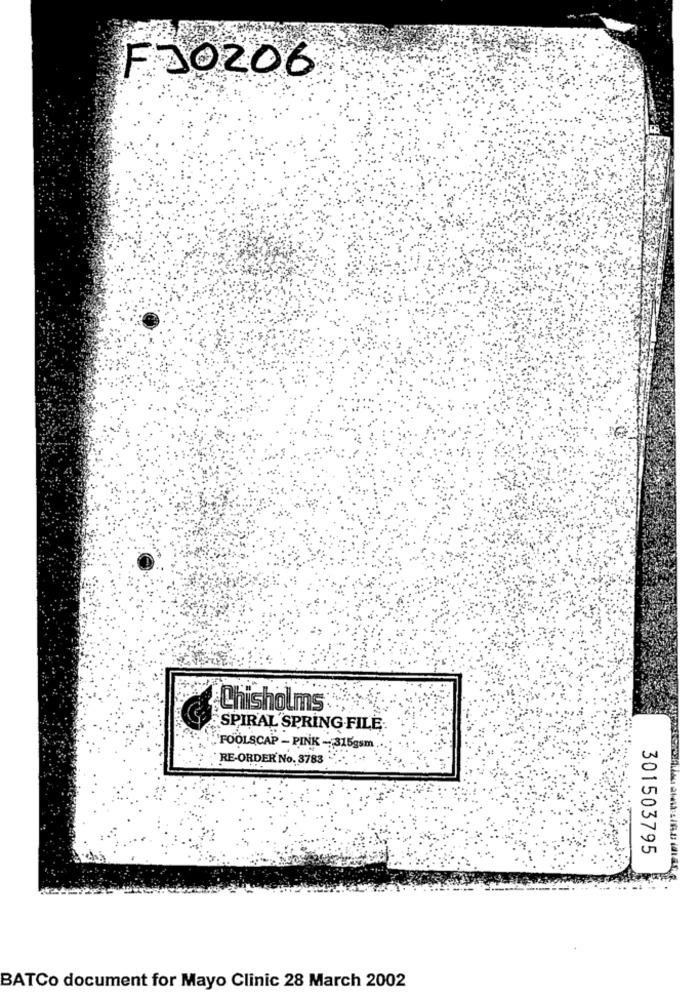
F30206
Chisholms
SPIRAL SPRING FILE
'FOOLSCAP - PINK - 315gsm
RE-ORDER No. 3783
301503795
BATCo document for Mayo Clinic 28 March 2002